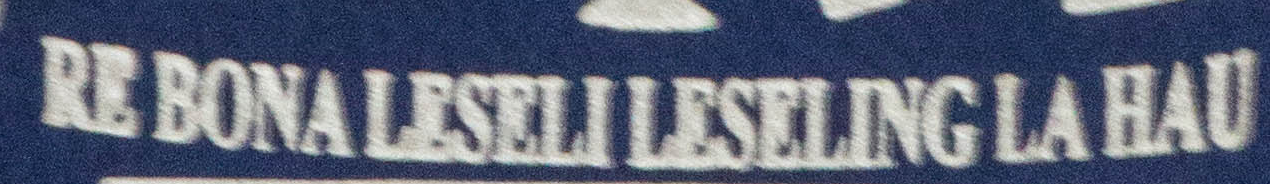
RE BONA LESELI LESELING LA HAU